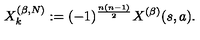
X _ { k } ^ { ( \beta , N ) } : = ( - 1 ) ^ { \frac { n ( n - 1 ) } { 2 } } X ^ { ( \beta ) } ( s , a ) .